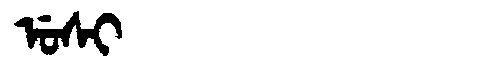
Manchu: ᡠᠰᡳ
Romanization: USI